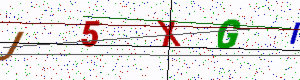
Text: J5XGI